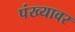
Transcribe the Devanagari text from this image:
पंख्यावर